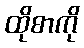
ထိုစာကို